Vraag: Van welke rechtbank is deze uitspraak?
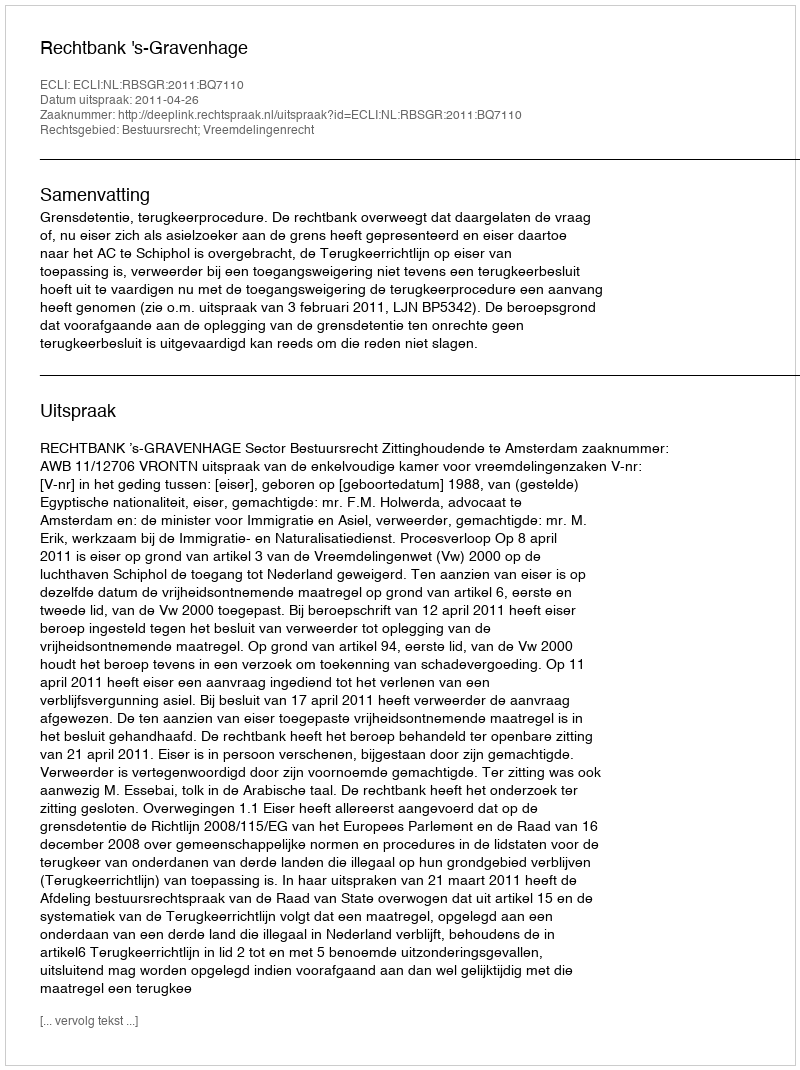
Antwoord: Rechtbank 's-Gravenhage